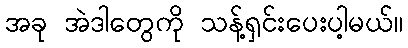
အခု အဲဒါတွေကို သန့်ရှင်းပေးပါ့မယ်။